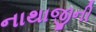
નાથાજીની